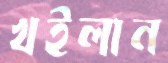
খইলান